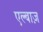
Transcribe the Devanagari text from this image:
एल्बाज़